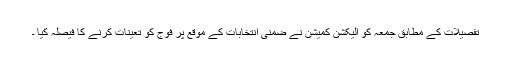
تفصیلات کے مطابق جمعہ کو الیکشن کمیشن نے ضمنی انتخابات کے موقع پر فوج کو تعینات کرنے کا فیصلہ کیا ۔